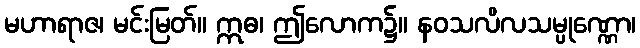
မဟာရာဇ၊ မင်းမြတ်။ ဣဓ၊ ဤလောက၌။ နဝသလိလသမ္ပုဏ္ဏော၊